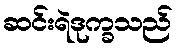
ဆင်းရဲဒုက္ခသည်